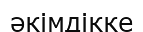
әкімдікке